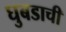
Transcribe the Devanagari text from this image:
घुबडाची